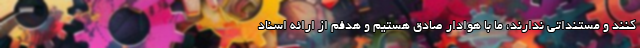
کنند و مستنداتی ندارند، ما با هوادار صادق هستیم و هدفم از ارائه اسناد